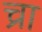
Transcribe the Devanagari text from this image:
च्रा